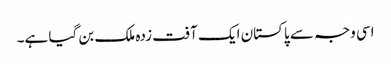
اسی وجہ سے پاکستان ایک آفت زدہ ملک بن گیا ہے۔